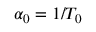
\alpha _ { 0 } = 1 / T _ { 0 }